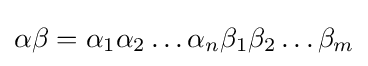
\alpha \beta =\alpha _{1}\alpha _{2}\dots \alpha _{n}\beta _{1}\beta _{2}\dots \beta _{m}